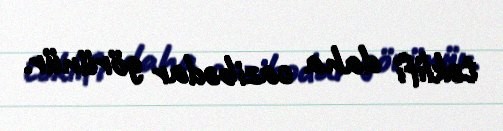
təklifi daha cazibədar görünür.